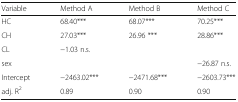
<table><thead><tr><td><b>Variable</b></td><td><b>Method A</b></td><td><b>Method B</b></td><td><b>Method C</b></td></tr></thead><tbody><tr><td>HC</td><td>68.40***</td><td>68.07***</td><td>70.25***</td></tr><tr><td>CH</td><td>27.03***</td><td>26.96 ***</td><td>28.86***</td></tr><tr><td>CL</td><td>−1.03 n.s.</td><td></td><td></td></tr><tr><td>sex</td><td></td><td></td><td>−26.87 n.s.</td></tr><tr><td>Intercept</td><td>−2463.02***</td><td>−2471.68***</td><td>−2603.73***</td></tr><tr><td>adj. R<sup>2</sup></td><td>0.89</td><td>0.90</td><td>0.90</td></tr></tbody></table>